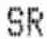
SR